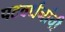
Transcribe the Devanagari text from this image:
पटवर्धनांची